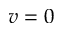
v = 0